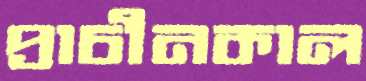
প্রাচীনকাল